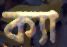
ক্যা